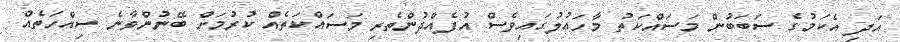
އަދި އެކަމުގެ ސަބަބުން މަސައްކަތު މާހައުލުގައިވެސް އުފެއްދުންތެރި މަސައްކަތެއް ކުރުމަށް ބޭނުންވާނެ ސިއްހަތެއް